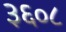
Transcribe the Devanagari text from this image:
३६०८